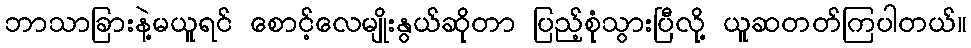
ဘာသာခြားနဲ့မယူရင် စောင့်လေမျိုးနွယ်ဆိုတာ ပြည့်စုံသွားပြီလို့ ယူဆတတ်ကြပါတယ်။